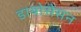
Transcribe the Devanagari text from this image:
डायोसेसन